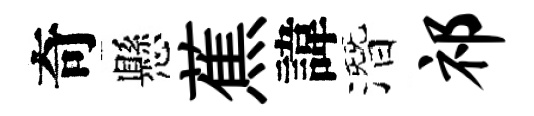
奇懸蕉諱潛祁